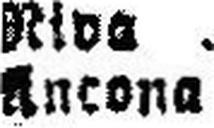
Ancona